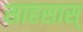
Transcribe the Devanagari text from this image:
साहसास्